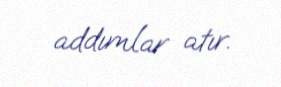
addımlar atır.